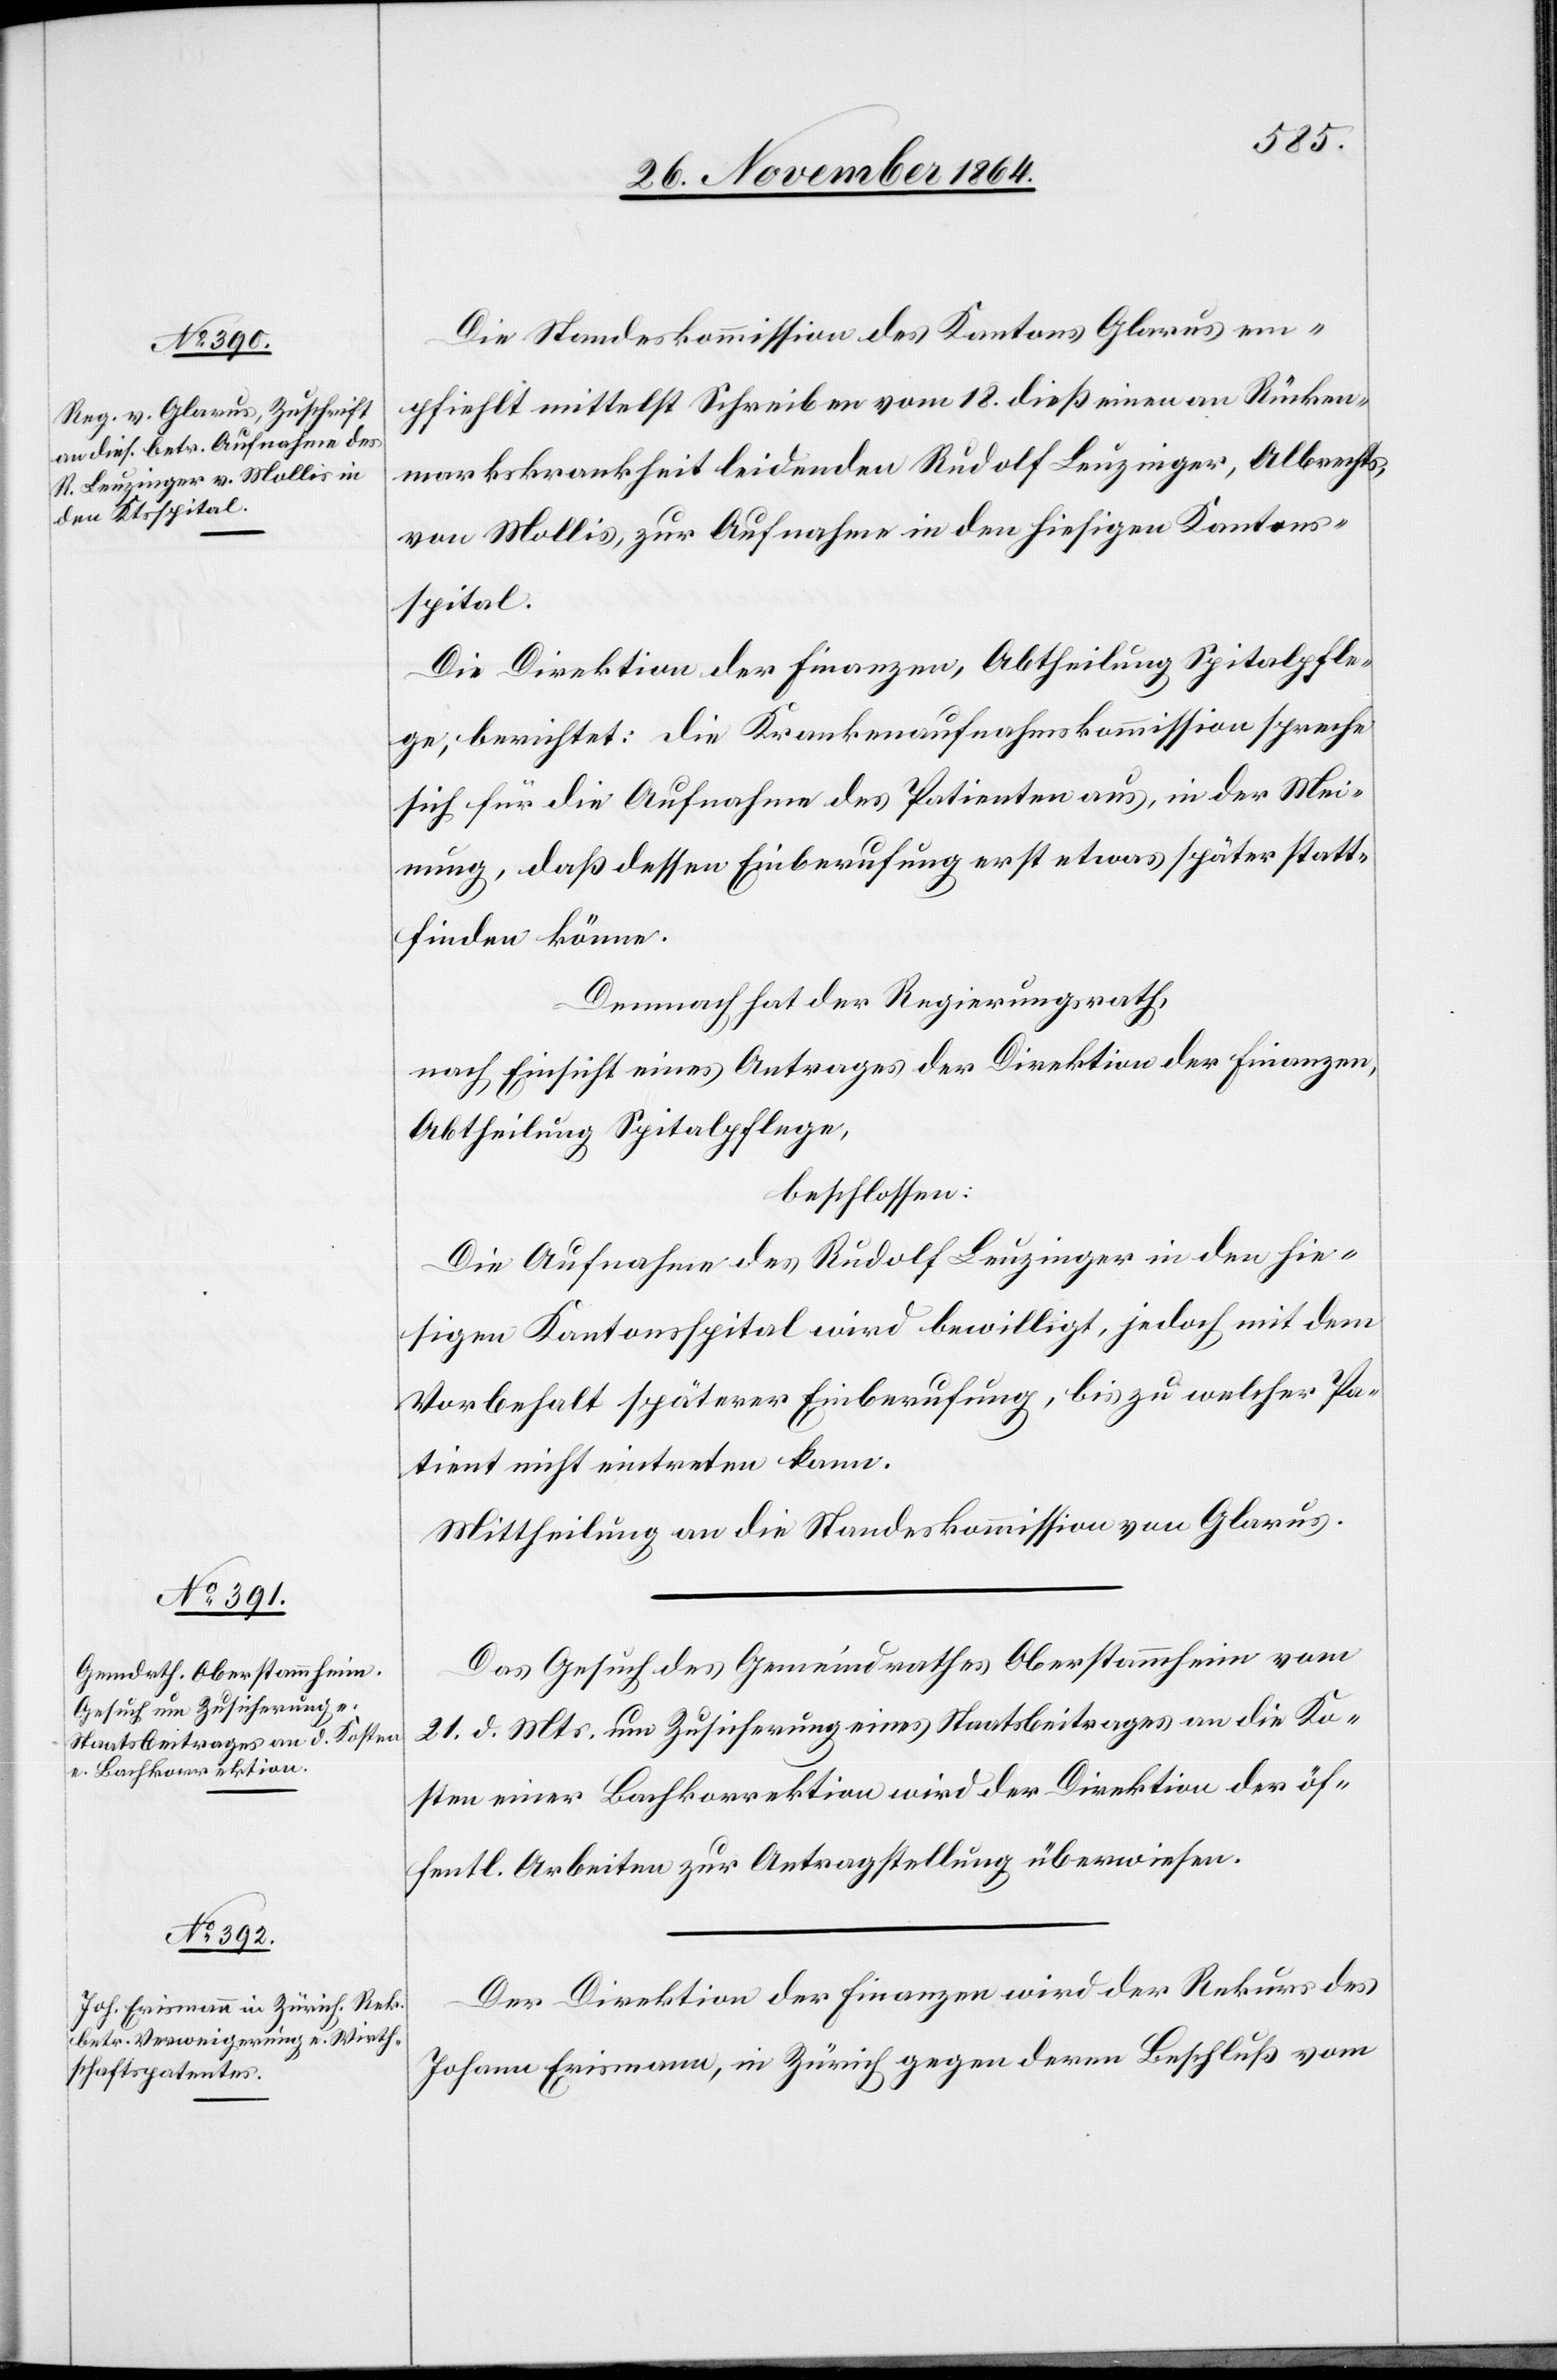
28. November 1864.]
Die Standeskommission des Kantons Glarus em¬
pfiehlt mittelst Schreiben vom 18. dieß einen an Rücken¬
markskrankheit leidenden Rudolf Leuzinger, Albrechts,
von Mollis zur Aufnahme in den hiesigen Kantons¬
spital.
Die Direktion der Finanzen, Abtheilung Spitalpfle¬
ge, berichtet: Die Krankenaufnahmskommission spreche
sich für die Aufnahme des Patienten [aus], in der Mei¬
nung, daß dessen Einberufung erst etwas später statt¬
finden könne.
Demnach hat der Regierungsrath,
nach Einsicht eines Antrages der Direktion der Finanzen,
Abtheilung Spitalpflege,
beschlossen:
Die Aufnahme des Rudolf Leuzinger in den hie¬
sigen Kantonsspital wird bewilligt, jedoch mit dem
Vorbehalt späterer Einberufung, bis zu welcher Pa¬
tient nicht eintreten kann.
Mittheilung an die Standeskommission von Glarus.
Das Gesuch des Gemeindrathes Oberstammheim vom
21. d. Mts. um Zusicherung eines Staatsbeitrages an die Ko¬
sten einer Bachkorrektion wird der Direktion der öf¬
fentl. Arbeiten zur Antragstellung überwiesen.
Der Direktion der Finanzen wird der Rekurs des
Johann Erismann, in Zürich gegen den Beschluß vom